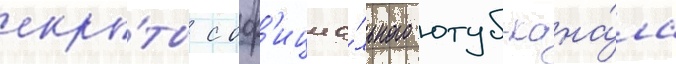
скры́ты с оф'ициа́льного ютуб-кана́ла